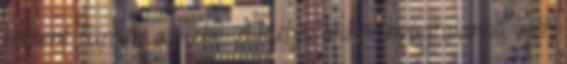
bement fürödni a vízbe. A kutya akkor nyugtalanná vált,